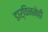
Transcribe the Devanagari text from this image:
डार्विननेही